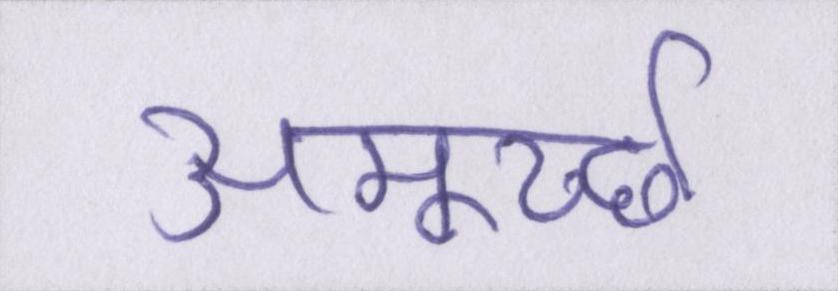
अमूर्च्छा